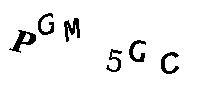
PGM5GC